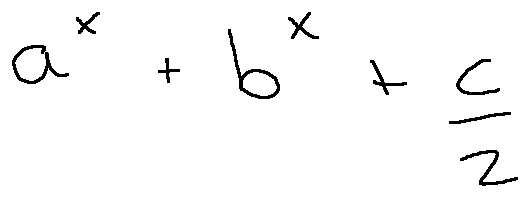
a ^ { x } + b ^ { x } + \frac { c } { 2 }